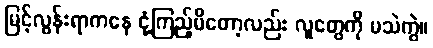
မြင့်လွန်းရာကနေ ငုံ့ကြည့်မိတော့လည်း လူတွေကို မသဲကွဲ။